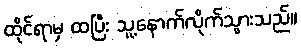
ထိုင်ရာမှ ထပြီး သူ့နောက်လိုက်သွားသည်။